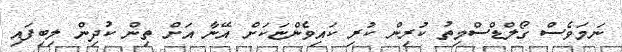
ނަމަވެސް ގޯލްޑްސްމިތު ކުރިން ކުރި ކައިވެންޏަކަށް އޭނާ އަށް ތިން ކުދިން ލިބިފައި